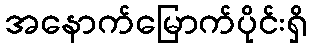
အနောက်မြောက်ပိုင်းရှိ